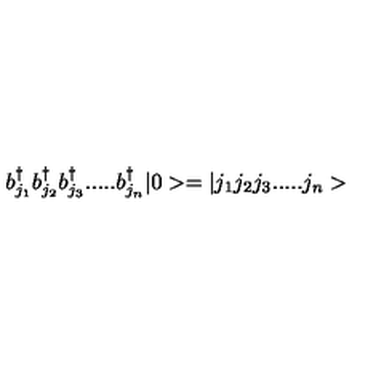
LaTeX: b _ { j _ { 1 } } ^ { \dagger } b _ { j _ { 2 } } ^ { \dagger } b _ { j _ { 3 } } ^ { \dagger } . . . . . b _ { j _ { n } } ^ { \dagger } | 0 > = | j _ { 1 } j _ { 2 } j _ { 3 } . . . . . j _ { n } >